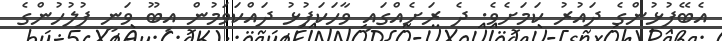
އެބޭފުޅުންގެ ދައުރު ކަމަށެވެ. ދެ ރަށެއްގައި ވާހަކަފުޅު ދައްކަވަމުން އިބޫ ވަނީ ފުލުހުންގެ